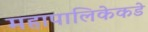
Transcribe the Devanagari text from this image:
महापालिकेकडे